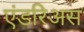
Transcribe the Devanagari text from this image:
एंडरिअस